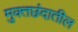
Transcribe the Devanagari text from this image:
मुक्तछंदातील